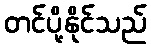
တင်ပို့နိုင်သည်